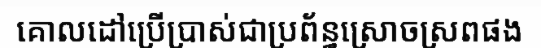
គោលដៅប្រើប្រាស់ជាប្រព័ន្ធស្រោចស្រពផង